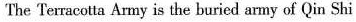
The Terracotta Army is the buried army of Qin Shi